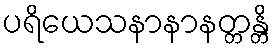
ပရိယေသနာနာနတ္တန္တိ